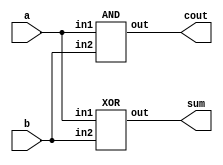
`timescale 1ns/1ps

module Half_Adder(a, b, cout, sum);
input a, b;
output cout, sum;

XOR xor1(sum, a, b);
AND and1(cout, a, b);

endmodule

module Full_Adder (a, b, cin, cout, sum);
input a, b, cin;
output cout, sum;

wire temp1, temp2, tempsum;

Half_Adder ha1(a,b,temp1,tempsum);
Half_Adder ha2(cin, tempsum, temp2, sum);
Majority m1(a,b,cin, cout);

endmodule

module XOR(out, in1, in2);
input in1, in2;
output out;
wire AB, ABA, ABB;
nand nandAB(AB, in1, in2);
nand nand1(ABA, AB, in1);
nand nand2(ABB, AB, in2);
nand xorAB(out, ABA, ABB);
endmodule

`timescale 1ns/1ps

module Majority(a, b, c, out);
input a, b, c;
output out;

wire andAB, andAC, andBC, orABAC;

AND andab(andAB, a, b);
AND andac(andAC, a, c);
AND andbc(andBC, b, c);
OR orabac(orABAC, andAB, andAC);

OR oror1andbc(out, orABAC, andBC);

endmodule

module AND(out, in1, in2);
input in1, in2;
output out;
wire nandAB;
nand nand1(nandAB, in1, in2);
nand nand2(out, nandAB, nandAB);
endmodule

module OR(out, in1, in2);
input in1, in2;
output out;
wire A,B;
nand nand1(A, in1, in1);
nand nand2(B, in2, in2);
nand orAB(out, A, B);
endmodule